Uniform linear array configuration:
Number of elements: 4
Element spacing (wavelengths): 1
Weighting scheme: binomial
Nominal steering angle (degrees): -60
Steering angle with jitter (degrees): -58.782
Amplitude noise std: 0.05
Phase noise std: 0.05

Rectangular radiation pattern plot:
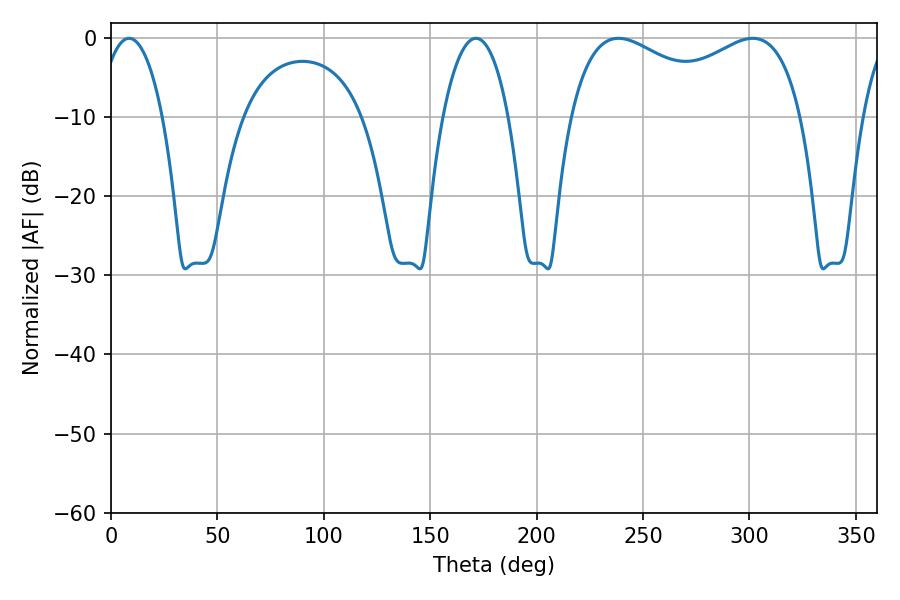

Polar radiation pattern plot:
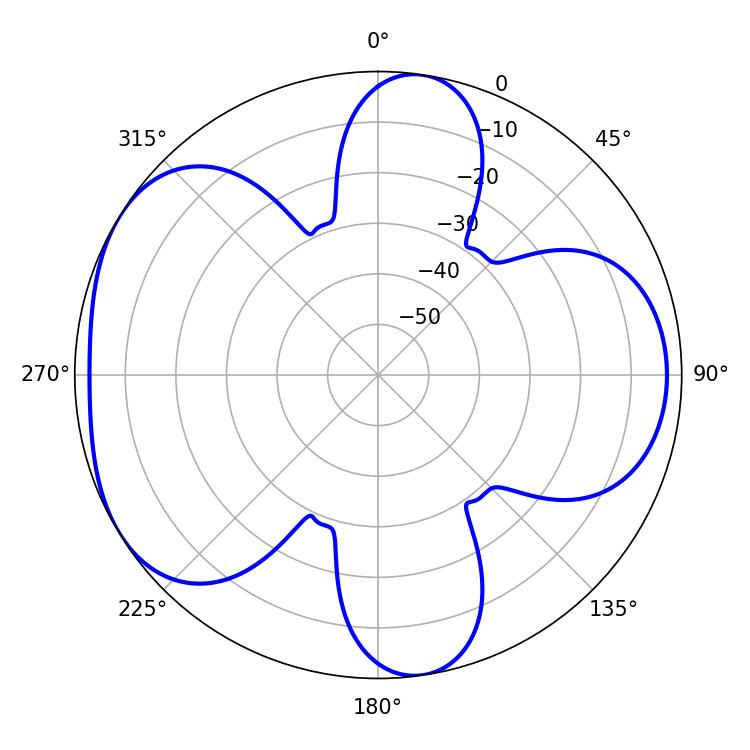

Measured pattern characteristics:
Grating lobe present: TRUE
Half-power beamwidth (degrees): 90.36
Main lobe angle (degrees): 238.5